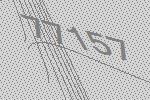
77157